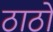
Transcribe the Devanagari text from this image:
ठाठों